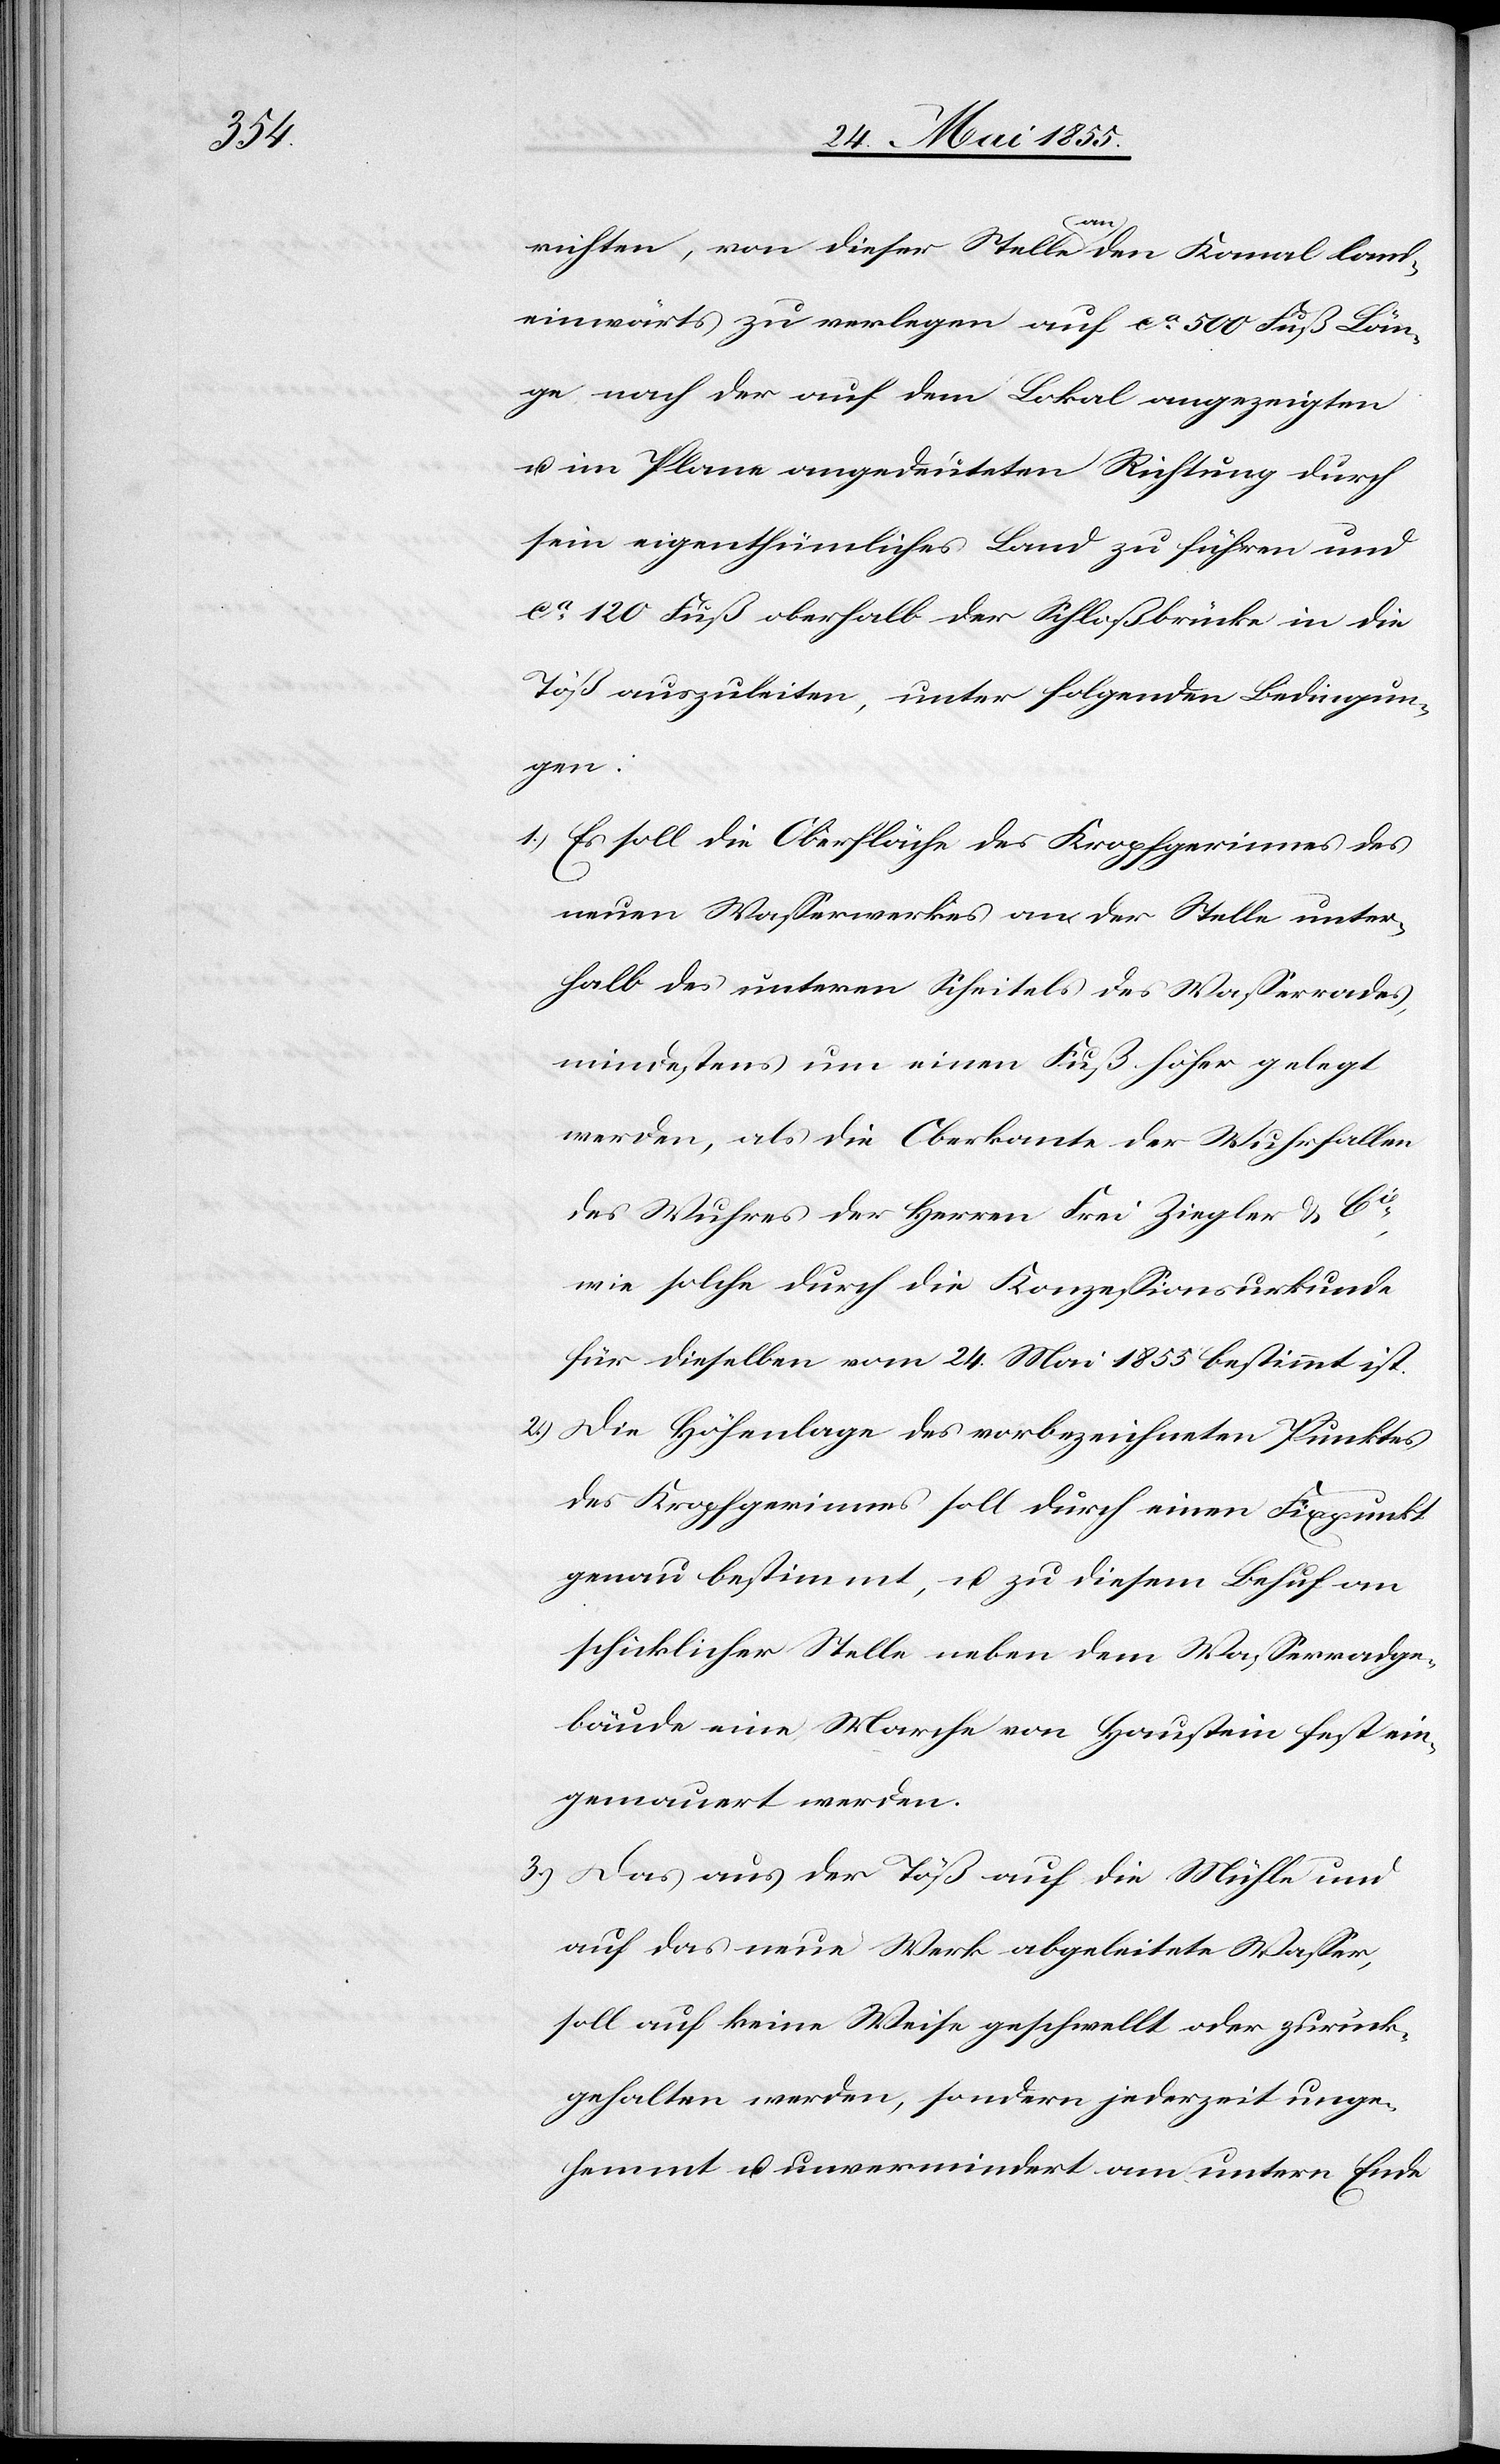
3.)

richten, von dieser Stelle an den Kanal land¬
einwärts zu verlegen auf ca 500 Fuß Län¬
ge nach der auf dem Lokal angezeigten
u. im Plane angedeuteten Richtung durch
sein eigenthümliches Land zu führen und
ca 120 Fuß oberhalb der Schloßbrücke in die
Töß auszuleiten, unter folgenden Bedingun¬
gen:
Es soll die Oberfläche des Kropfgerinnes des
neuen Wasserwerkes an der Stelle unter¬
halb des unteren Scheitels des Wasserrades,
mindestens um einen Fuß höher gelegt
werden, als die Oberkante der Wuhrfallen
des Wuhres der Herren Frei Ziegler & Cie,
wie solche durch die Konzessionsurkunde
für dieselben vom 24. Mai 1855 bestimmt ist.
Die Höhenlage des vorbezeichneten Punktes
des Kropfgerinnes soll durch einen Fixpunkt
genau bestimmt, u. zu diesem Behuf an
schicklicher Stelle neben dem Wasserradge¬
bäude eine Marche von Haustein fest ein¬
gemauert werden.
Das aus der Töß auf die Mühle und
auf das neue Werk abgeleitete Wasser,
soll auf keine Weise geschwellt oder zurück¬
gehalten werden, sondern jederzeit unge¬
hemmt u. unvermindert am untern Ende